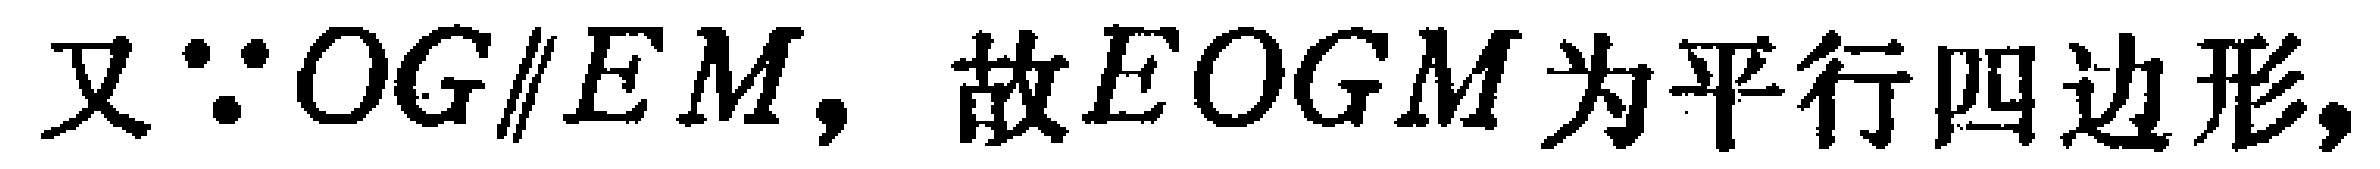
又\(\because OG\parallel EM\)，故\(EOGM\)为平行四边形，